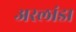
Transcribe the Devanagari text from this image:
अरलांडा